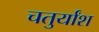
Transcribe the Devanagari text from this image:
चतुर्यांश